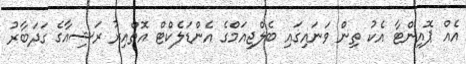
އެއް ޕޮއިންޓާ އެކު ތިން ވަނައިގައި ބެލްޖިއަމްގެ އެންޑަލެކްޓް އޮތްއިރު ރަޝިއާގެ ގަދަބާރު